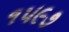
૧૫૯૭